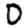
Digit: 0